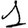
Digit: 1